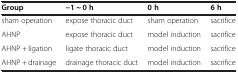
<table><thead><tr><td><b>Group</b></td><td><b>−1 ~ 0 h</b></td><td><b>0 h</b></td><td><b>6 h</b></td></tr></thead><tbody><tr><td>sham operation</td><td>expose thoracic duct</td><td>sham operation</td><td>sacrifice</td></tr><tr><td>AHNP</td><td>expose thoracic duct</td><td>model induction</td><td>sacrifice</td></tr><tr><td>AHNP + ligation</td><td>ligate thoracic duct</td><td>model induction</td><td>sacrifice</td></tr><tr><td>AHNP + drainage</td><td>drainage thoracic duct</td><td>model induction</td><td>sacrifice</td></tr></tbody></table>